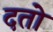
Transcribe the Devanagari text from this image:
दतो